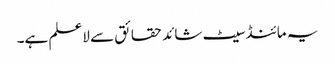
یہ مائنڈ سیٹ شائد حقائق سے لاعلم ہے۔